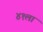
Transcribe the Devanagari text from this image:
४१ला